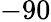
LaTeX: -90